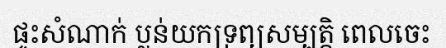
ផ្ទះសំណាក់ ប្លន់យកទ្រព្យសម្បត្តិ ពេលចេះ